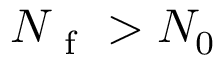
N _ { \mathrm { ~ f ~ } } > N _ { 0 }